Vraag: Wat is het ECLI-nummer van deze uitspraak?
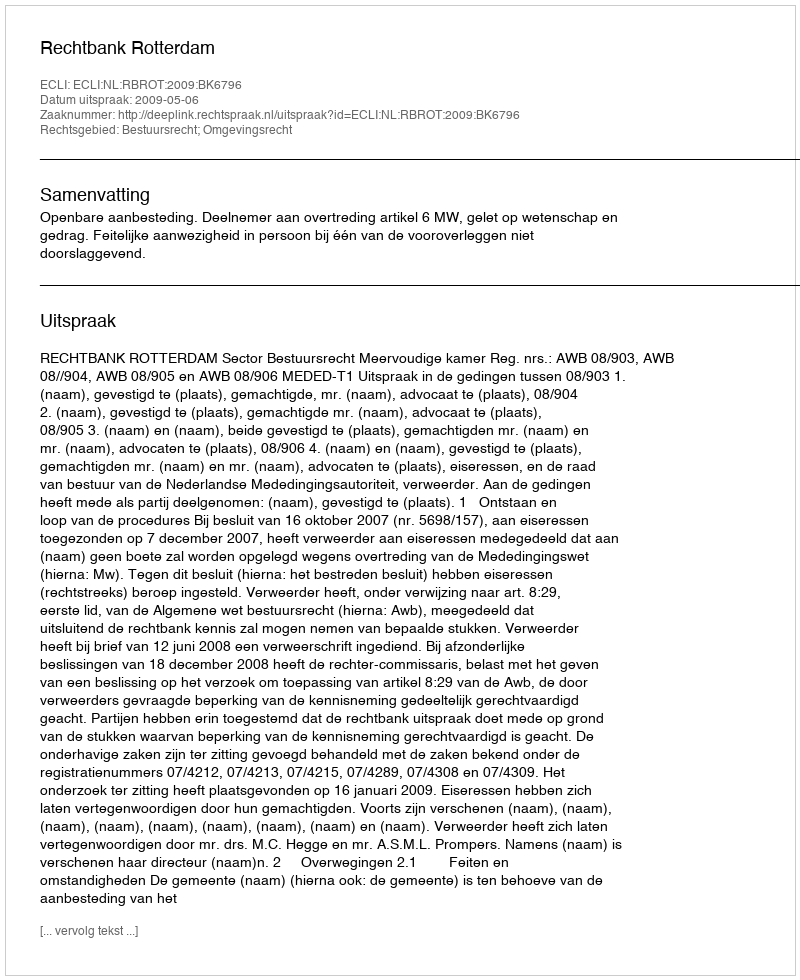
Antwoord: ECLI:NL:RBROT:2009:BK6796